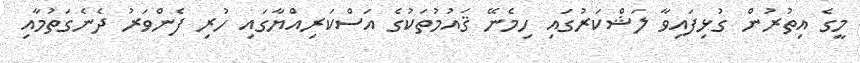
މީގެ އިތުރުން ގުޅިފައިވާ ލަޝްކަރުގައި ހިމެނޭ ޤައުމުތަކުގެ އަސްކަރިއްޔާގައި ހުރި ފެންވަރު ދެނެގަތުމާއި